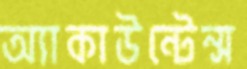
অ্যাকাউন্টেন্স